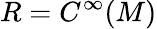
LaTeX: R=C^{\infty}(M)